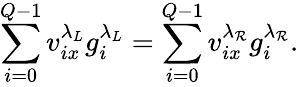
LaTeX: \sum_{i=0}^{Q-1}v_{ix}^{\lambda_{L}}g_{i}^{\lambda_{L}}=\sum_{i=0}^{Q-1}v_{ix}^{\lambda_{\mathcal{R}}}g_{i}^{\lambda_{\mathcal{R}}}.